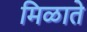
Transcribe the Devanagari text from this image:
मिळाते